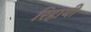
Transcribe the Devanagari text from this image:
रिहायी